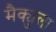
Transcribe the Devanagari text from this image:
मैक्युला